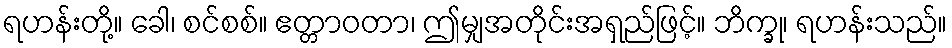
ရဟန်းတို့။ ခေါ၊ စင်စစ်။ ဧတ္တာဝတာ၊ ဤမျှအတိုင်းအရှည်ဖြင့်။ ဘိက္ခု၊ ရဟန်းသည်။